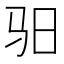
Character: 驲